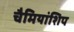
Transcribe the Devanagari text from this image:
चैमियांशिप